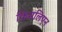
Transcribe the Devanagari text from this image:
किमलिएन